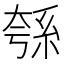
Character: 綔